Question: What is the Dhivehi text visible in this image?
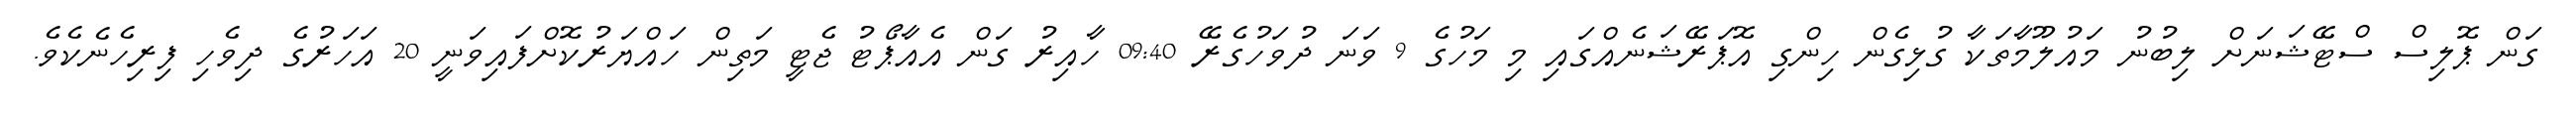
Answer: ގަން ޕޮލިސް ސްޓޭޝަނަށް ލިބުނު މައުލޫމާތަކާ ގުޅިގެން ހިންގި އޮޕަރޭޝަނެއްގައި މި މަހުގެ 9 ވަނަ ދުވަހުގެރޭ 09:40 ހާއިރު ގަން އެއާޕޯޓު ޖެޓީ މަތިން ހައްޔަރުކޮށްފައިވަނީ 20 އަހަރުގެ ދިވެހި ފިރިހެނެކެވެ.